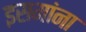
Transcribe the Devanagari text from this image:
इसमांना